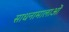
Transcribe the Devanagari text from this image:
साधनामालाओं